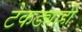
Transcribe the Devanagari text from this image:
टेकड्याही